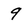
Character: 9